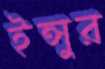
ইন্সুর